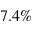
7 . 4 \%